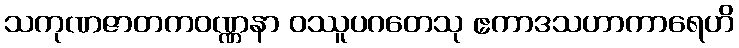
သကုဏဇာတကဝဏ္ဏနာ ဝဿူပဂတေသု ဧကာဒသဟာကာရေဟိ